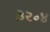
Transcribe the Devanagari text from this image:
३२॰४